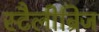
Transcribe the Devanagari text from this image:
स्टैलीब्रिज